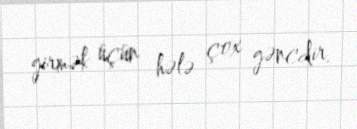
girmək üçün hələ çox gəncdir.